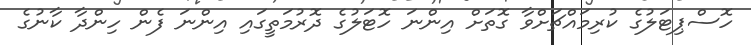
ހޮސްޕިޓަލުގެ ކުރިމައްޗަށްވާ ގޮތަށް އިންނަ ހޮޓަލުގެ ދޮރުމަތީގައި އިންނަ ފެން ހިންދާ ކާނުގެ